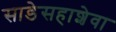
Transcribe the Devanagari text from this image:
साडेसहाशेवा